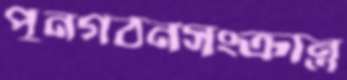
পুনর্গঠনসংক্রান্ত